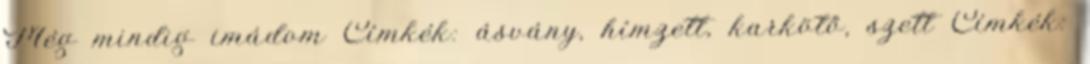
Még mindig imádom Címkék: ásvány, hímzett, karkötő, szett Címkék: